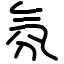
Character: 氛